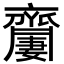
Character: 𪗍